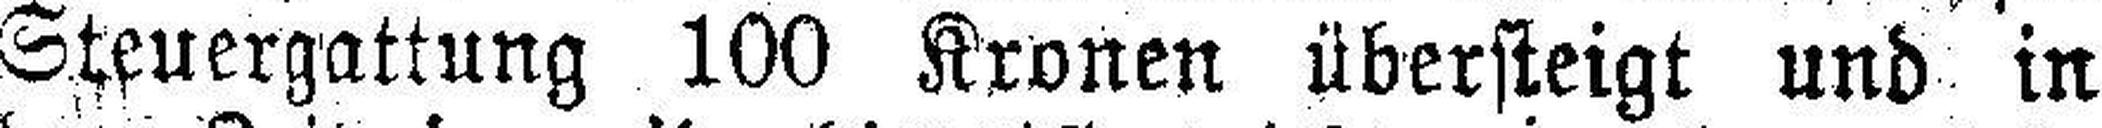
Steuergattung 100 Kronen übersteigt und in